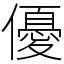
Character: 優